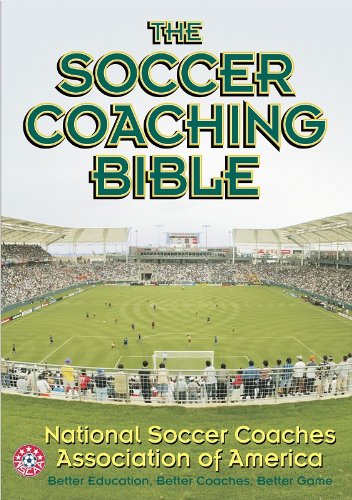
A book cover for The Soccer Coaching Bible (The Coaching Bible Series); National Soccer Coaches Associatin of America; Sports & Outdoors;